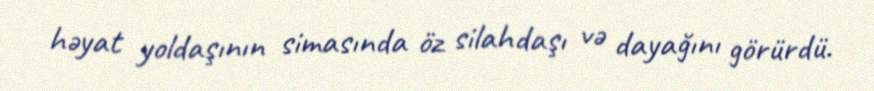
həyat yoldaşının simasında öz silahdaşı və dayağını görürdü.